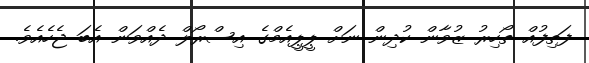
ފަތިފުއް ތޯހިރު ޒުވާން ކުދިން ނަށް ޕީޕީއެމްގެ އިސްރޯލް ދެއްވަން އެބަ ޖެހެއެވެ.